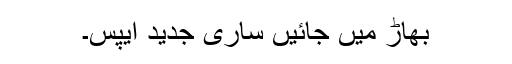
بھاڑ میں جائیں ساری جدید ایپس۔